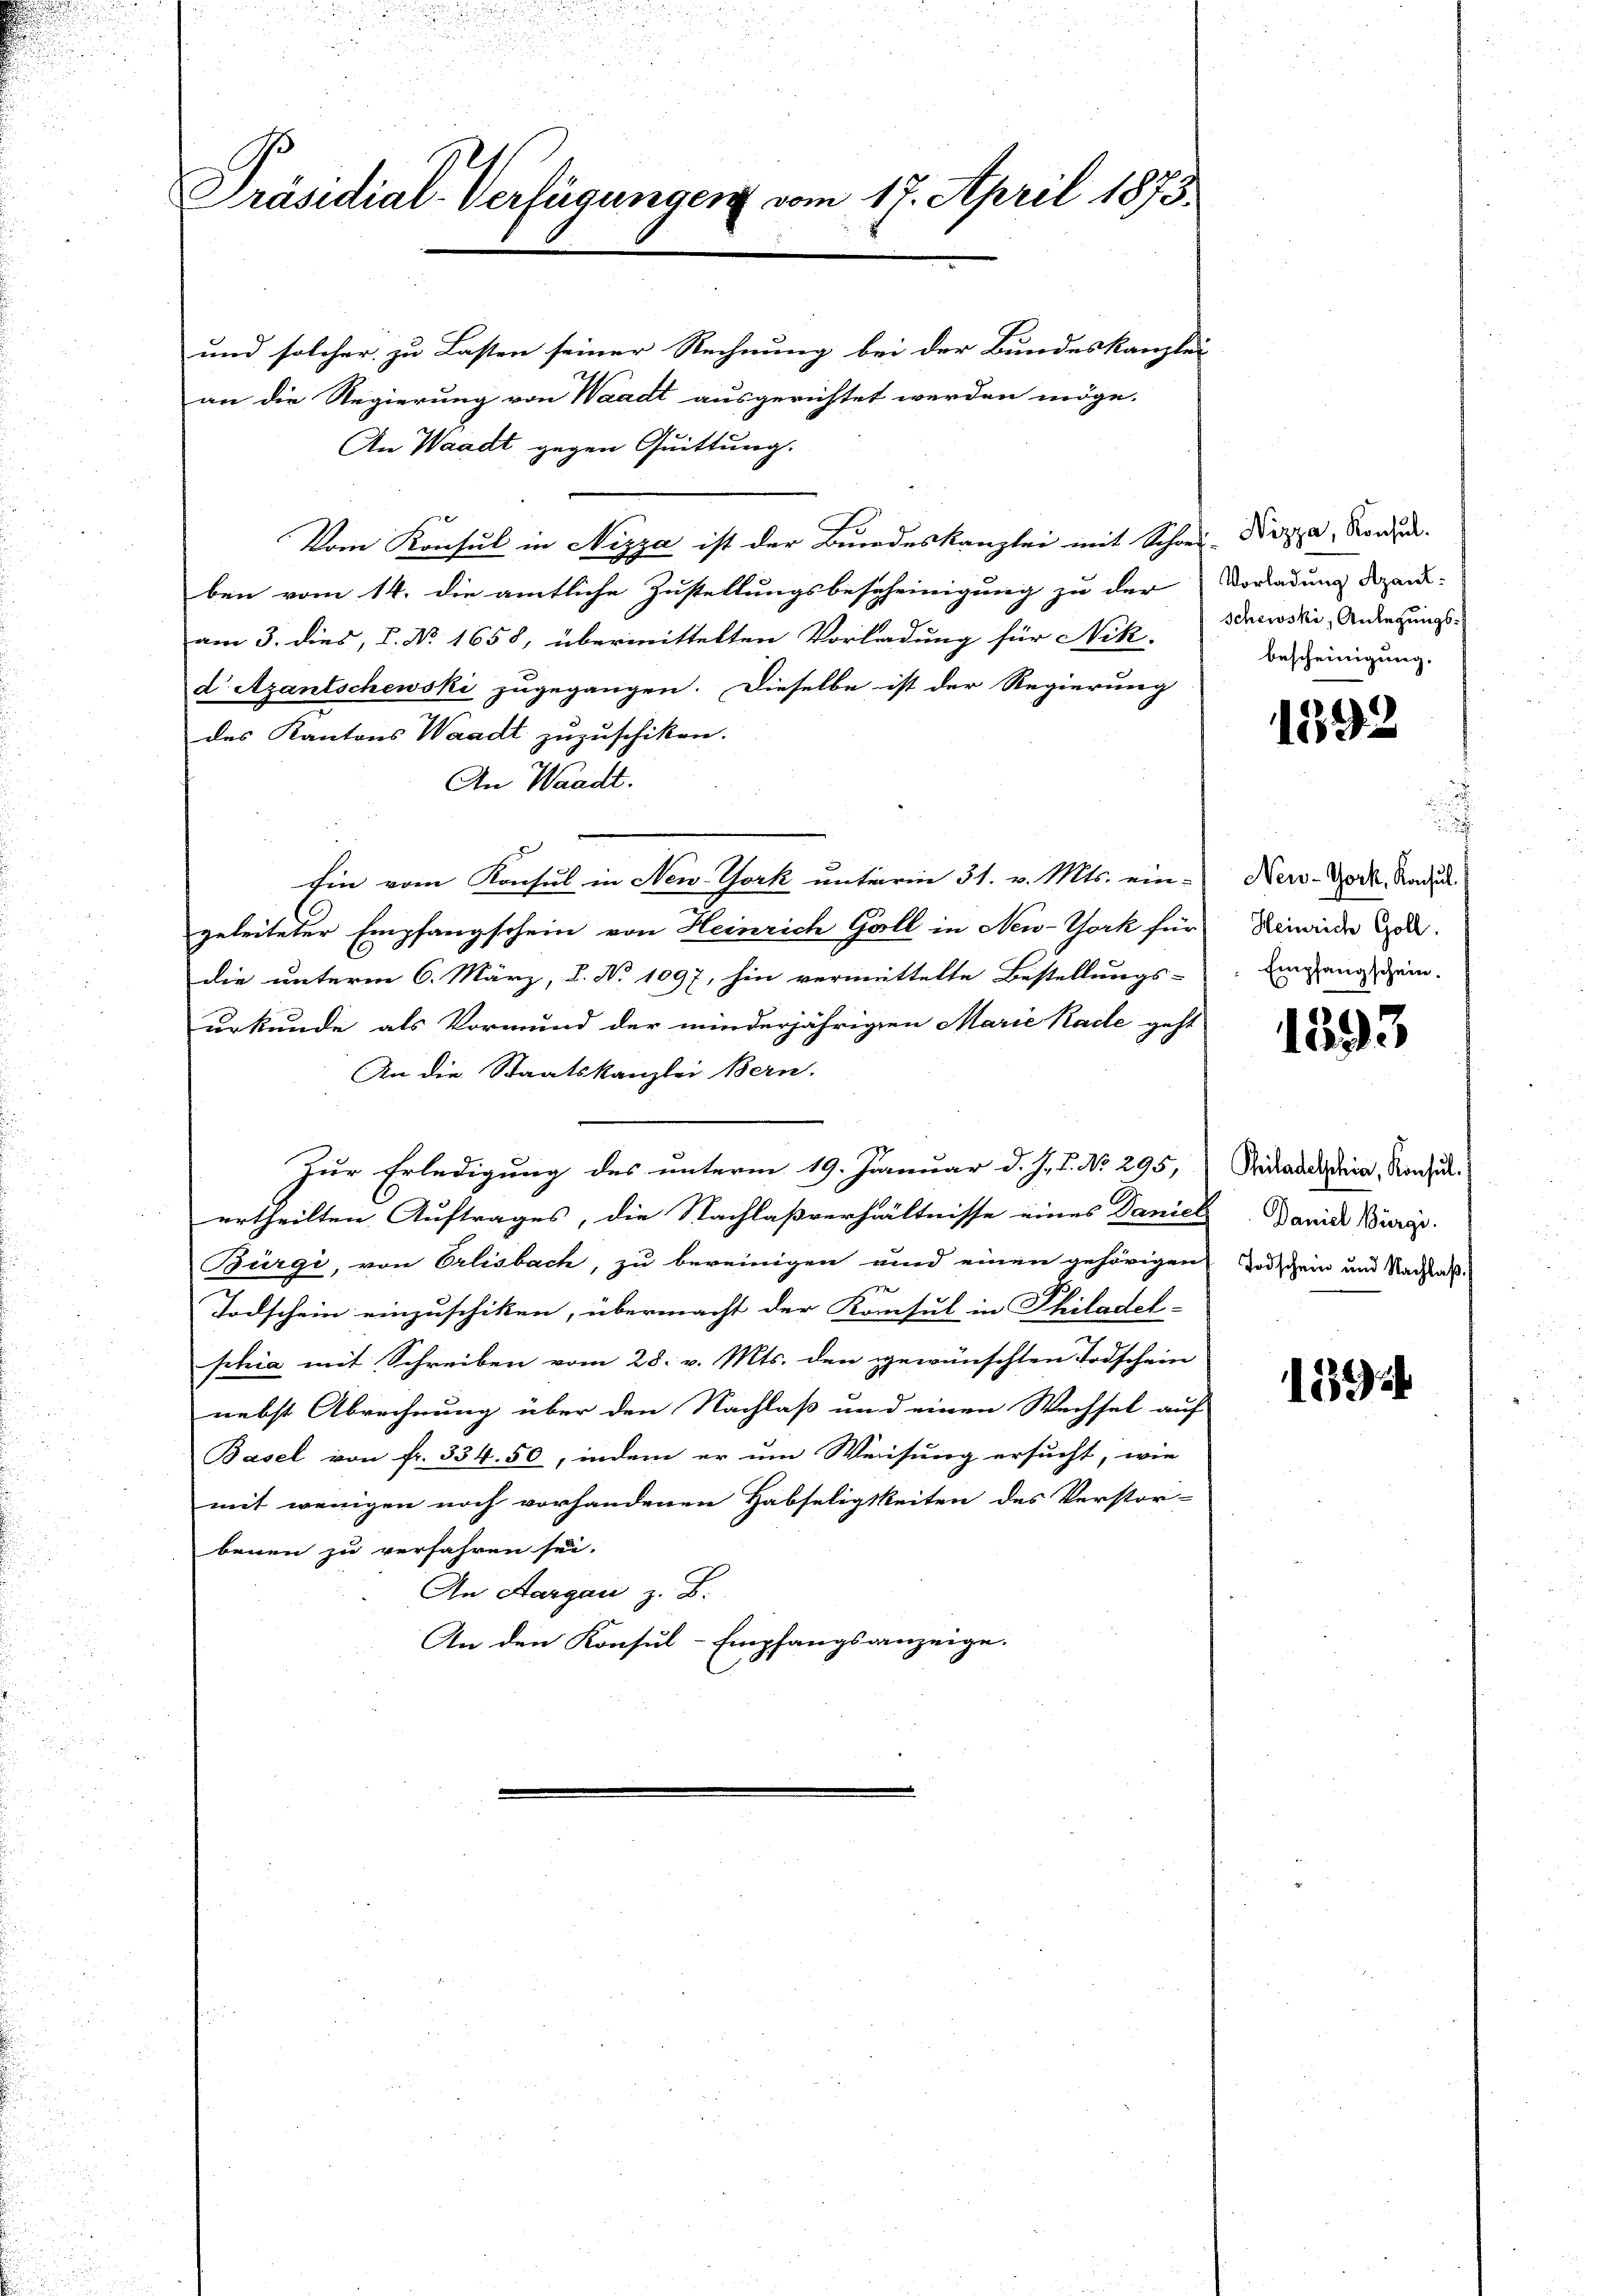
Präsidial-Verfügungen vom 17. April 1873.

und solcher zu Lasten seiner Rechnung bei der Bundeskanzlei
an die Regierung von Waadt ausgerichtet werden möge.
An Waadt gegen Quittung.
Vom Konsul in Nizza ist der Bundeskanzlei mit Schon Nizza, Norden.
ben vom 14. die amtliche Zustellungsbescheinigung zu der
am 3. dies, d. No. 1658, übermittelten Vorladung für Nik
d Azantschewski zugegangen. Dieselbe ist der Regierung
des Kantons Waadt zuzuschiken.
An Waadt.
Ein vom Konsul in New York unterm 31. v. Mts. ein-
geleiteter Empfangschein von Heinrich Gall in New-York für
die unterm 6. März, B. No. 1097, hin vermittelte Bestellungs-
urkunde als Vormund der minderjährigen Marie Kade geht
An die Staatskanzlei Bern.
Zur Erledigung des unterm 19. Januar d. J. J. No. 295,
ertheilten Auftrages, die Nachlaßverhältnisse eines Daniel Daniel Burgs
Bürgi, von Erlisbach, zu bereinigen und einen gehörigen Todschein und Nachlaß
Todschein einzuschiken, übermacht der Konsul in Philadel-
schia mit Schreiben vom 28. v. Mts. den gewünschten Todschein
nebst Abrechnung über den Nachlaß und einen Wechsel auf
Basel von fr. 334. 50, indem er um Weisung ersucht, wie
mit wenigen noch vorhandenen Habseligkeiten des Verstor-
benen zu verfahren sei.
An Aargau z. B.
An den Konsul-Empfangsanzeige.

Vorladung Azant:
schewski, Anlegungsbescheinigung.

1592

New-York, Konsul.
Heinrich Goll.
Empfangschein.

1393

Philadelschia, Konsul. 1

1394